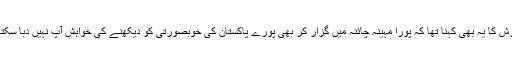
مہوش کا یہ بھی کہنا تھا کہ پورا مہینہ چائنہ میں گزار کر بھی پورے پاکستان کی خوبصورتی کو دیکھنے کی خواہش آپ نہیں دبا سکتے۔